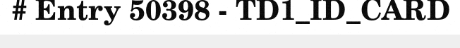
# Entry 50398 - TD1_ID_CARD